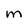
Character: M